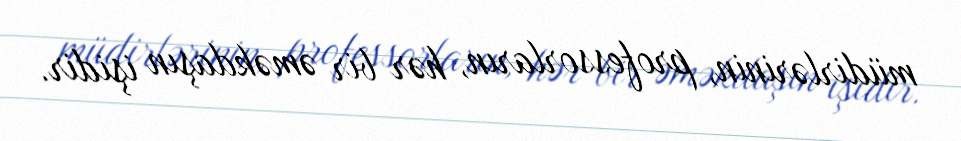
müdirlərinin, professorların, hər bir əməkdaşın işidir.